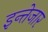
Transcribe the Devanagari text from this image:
इन्तेजार